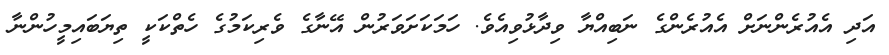
އަދި އެއުރެންނަށް އެއުރެންގެ ނަބިއްޔާ ވިދާޅުވިއެވެ. ހަމަކަށަވަރުން އޭނާގެ ވެރިކަމުގެ ހެތްކަކީ ތިޔަބައިމީހުންނާ